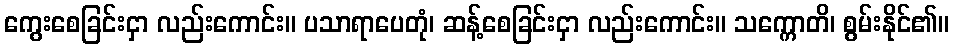
ကွေးစေခြင်းငှာ လည်းကောင်း။ ပသာရာပေတုံ၊ ဆန့်စေခြင်းငှာ လည်းကောင်း။ သက္ကောတိ၊ စွမ်းနိုင်၏။